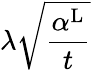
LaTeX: \lambda\sqrt{\frac{\alpha^{\mathrm{L}}}{t}}